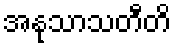
အနုသာသတီတိ